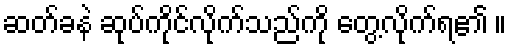
ဆတ်ခနဲ ဆုပ်ကိုင်လိုက်သည်ကို တွေ့လိုက်ရ၏ ။